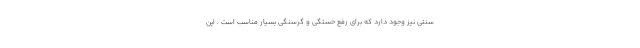
سنتی نیز وجود دارد که برای رفع خستگی و گرسنگی بسیار مناسب است . این